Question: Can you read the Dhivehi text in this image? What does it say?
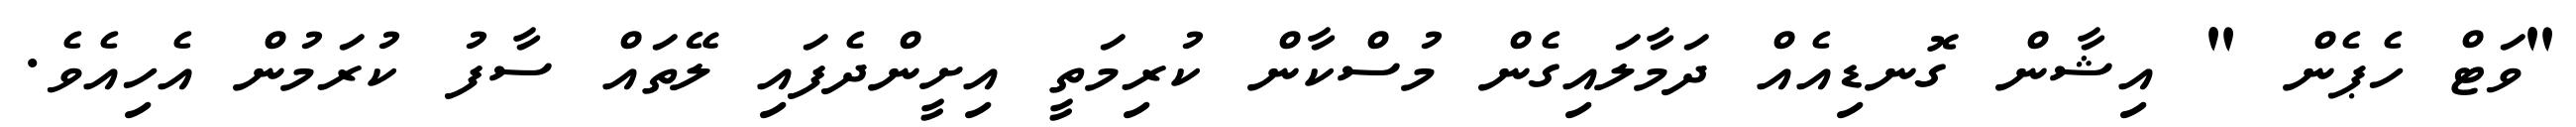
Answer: "ވަޓް ހެޕެން " އިޝާން ގޮނޑިއެއް ދަމާލައިގެން މުސްކާން ކުރިމަތީ އިށީންދެފައި ލޭތައް ސާފު ކުރަމުން އެހިއެވެ.